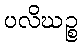
ပလိဃဉ္စ